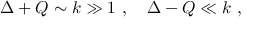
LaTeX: \Delta + Q \sim k \gg 1 ~ , ~ ~ ~ \Delta - Q \ll k ~ ,